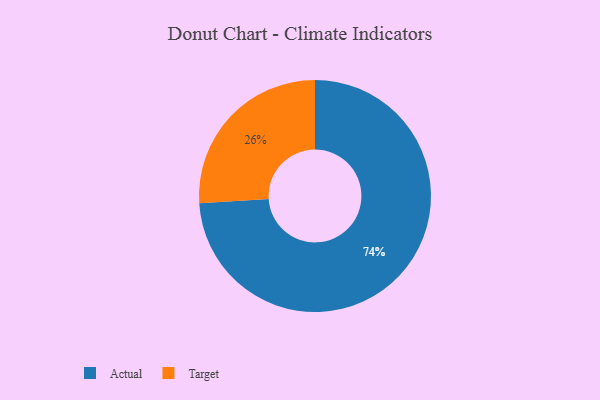
{"axis": {"x": "Category", "y": "Percentage"}, "legend": ["Actual", "Target"], "data": [{"x": "Target", "y": 26, "type": "Target"}, {"x": "Actual", "y": 74, "type": "Actual"}]}